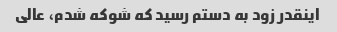
اینقدر زود به دستم رسید که شوکه شدم، عالی